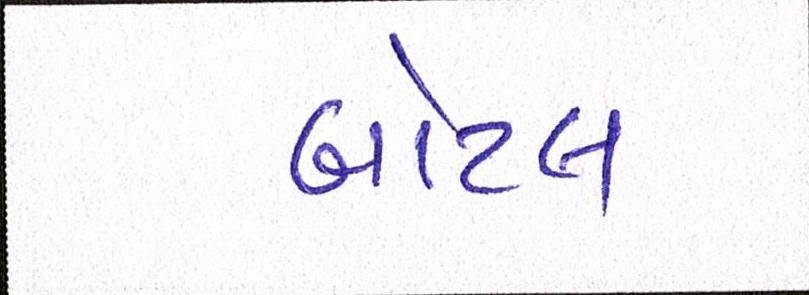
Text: બોટલ